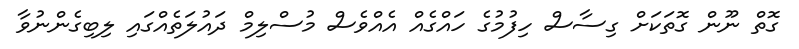
ގޮތް ނޫން ގޮތަކަށް ގިސާސް ހިފުމުގެ ހައްގެއް އެއްވެސް މުސްލިމް ދައުލަތެއްގައި ލިބިގެންނުވާ